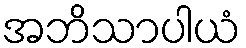
အဘိသာပါယံ